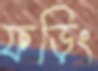
ফড়িং